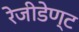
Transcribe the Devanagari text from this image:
रेजीडेण्ट